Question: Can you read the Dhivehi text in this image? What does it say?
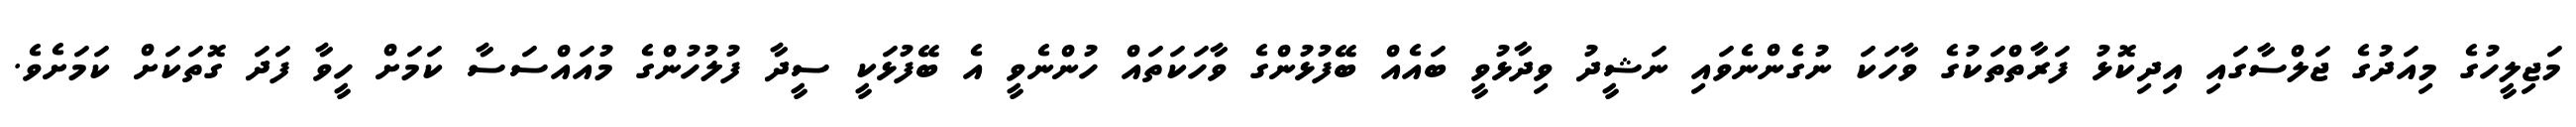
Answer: މަޖިލީހުގެ މިއަދުގެ ޖަލްސާގައި އިދިކޮޅު ފަރާތްތަކުގެ ވާހަކަ ނުގެންނެވައި ނަޝީދު ވިދާޅުވީ ބައެއް ބޭފުޅުންގެ ވާހަކަތައް ހުންނެވީ އެ ބޭފުޅަކީ ސީދާ ފުލުހުންގެ މުއައްސަސާ ކަމަށް ހީވާ ފަދަ ގޮތަކަށް ކަމަށެވެ.